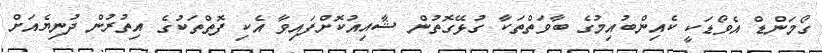
ގޯމަންޑް އެވޯޑަކީ ކެއިންބުއިމުގެ ބާވަތްތަކާ ގުޅޭގޮތުން ޝާއިއުކޮށްފައިވާ އެކި ފޮތްތަކުގެ އިތުރުން ދުނިޔެއަށް